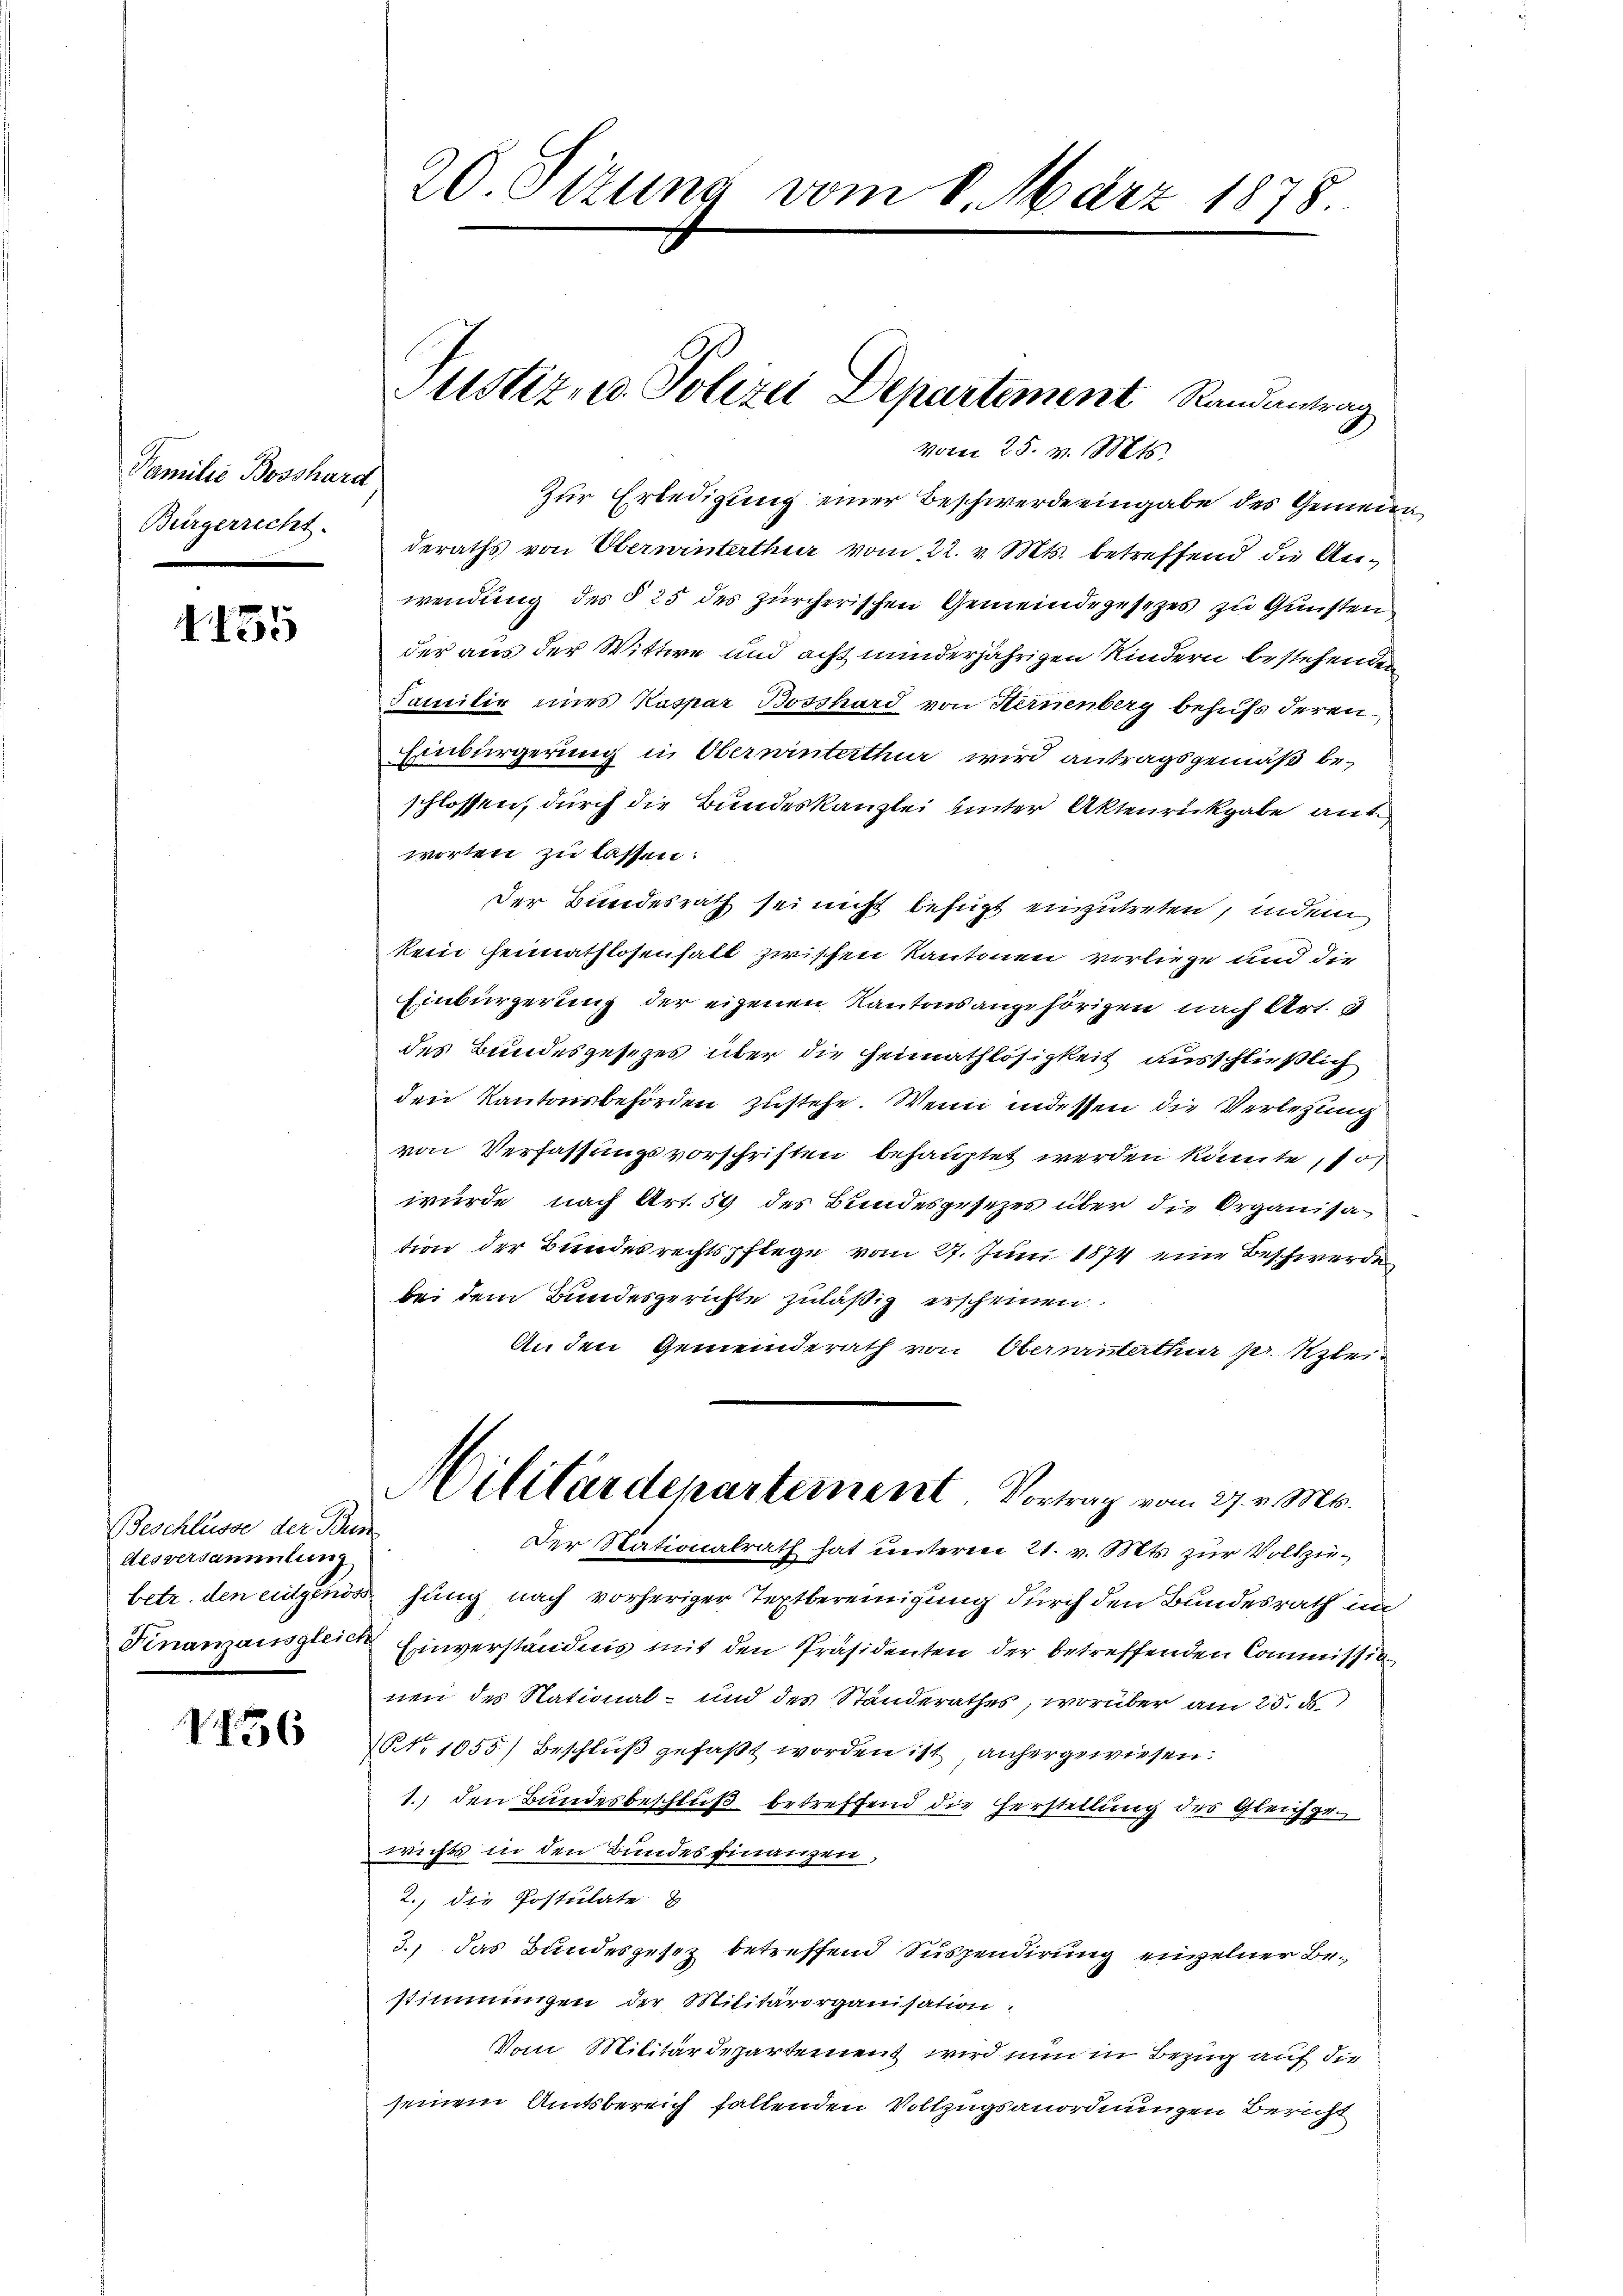
Familie Bosshard
Bürgerrecht.

155

Beschlüsse der Bun
desversammlung
betr. den eidgenöss
Finanzausgleich

1156

20. Sizung vom 8. März 1878

deraths von Überwinterthur vom 22. v. Mts. betreffend die Anwendung des § 25 des zürcherischen Gemeindegesezes zu Gunsten
der aus der Wittwe und acht minderjährigen Kindern bestehender
Familie eines Kaspar Bosshard von Hernenberg behufs deren
Einbürgerung in Oberninterthur wird antragsgemäß beschlossen, durch die Bundeskanzlei unter Aktenrückgabe auf
worten zu lassen:
Der Bundesrath sei nicht befugt einzutreten, indem
kein Heimathlosenfall zwischen Kantonen vorliege und die
Einbürgerung der eigenen Kantonsangehörigen nach Art.
des Bundesgesetzes über die Heimathlosigkeit ausschließlich
den Kantonsbehörden zustehe. Wenn indessen die Verlegung
von Verfassungsvorschriften behauptet werden könnte, 10,
wurde nach Art. 59 des Bundesgesezes über die Organisation der Bundesrechtspflege vom 27. Juni 1874 eine Beschwerde
bei dem Bundesgerichte zuläßig erscheinen
An den Gemeinderath von Oberninterthur pr. Klei¬
Militärdepartement Vortrag vom 27. v. Mts.
Der Stationalrath hat unteren 21. v. Mts. zur Vollziehung nach vorheriger Textbereinigung durch den Bundesrath in
Einverständnis mit den Präsidenten der betreffenden Commissionen des National- und des Standerathes, worüber am 25. d.
NNo 1055) Beschluß gefaßt worden ist, anhergewiesen.
1.) den Bundesbeschluß betreffend die Herstellung des Gleichgewichte in den Bundes Finanzen,
2., die Postulate &
3.) Das Bundesgesez betreffend Suspendirung einzelner Bestimmungen der Militärorganisation:
Vom Militärdepartement wird nun in Bezug auf die
seinem Amtsbereich fallenden Vollzugsanordnungen Bericht

Justiz- u. Polizei Departement Randantrag
vom 25. v. Mts.
Zur Erledigung einer Beschwerde eingabe des Gemein¬